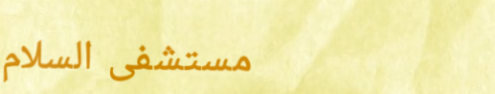
مستشفى السلام